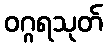
ဝဂ္ဂရသုတ်